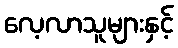
လေ့လာသူများနှင့်